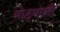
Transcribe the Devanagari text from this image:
मोठ्यांशी